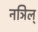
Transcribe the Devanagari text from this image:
नञिल्